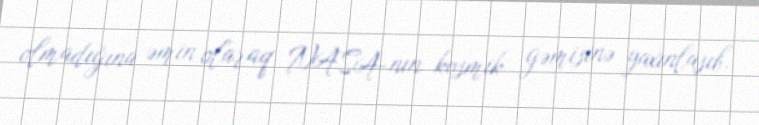
olmadığına əmin olaraq NASA-nın kosmik gəmisinə yaxınlaşıb.